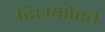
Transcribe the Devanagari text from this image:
दिधक्षोस्ते